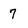
Character: 7